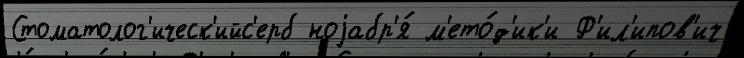
Стоматолог'ическ'ийс'ерб ноjабр'я́ м'ето́д'ик'и Ф'ил'ипов'ич